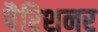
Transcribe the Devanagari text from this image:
पैरिशनर